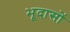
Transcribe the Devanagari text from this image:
भूदासों